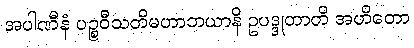
အပါဏီနံ ပဉ္စဝီသတိမဟာဘယာနိ ဥပဒ္ဒုတာတိ အဟိတော